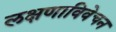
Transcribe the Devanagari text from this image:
लक्षणाविवेचन